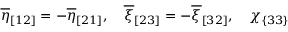
\overline { { { \eta } } } _ { [ 1 2 ] } = - \overline { { { \eta } } } _ { [ 2 1 ] } , \quad \overline { { { \xi } } } _ { [ 2 3 ] } = - \overline { { { \xi } } } _ { [ 3 2 ] } , \quad \chi _ { \{ 3 3 \} }